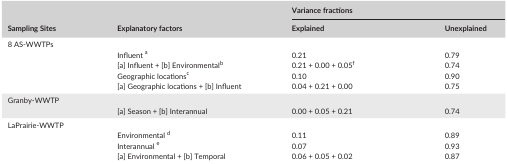
<table><thead><tr><td rowspan="2"><b>Sampling Sites</b></td><td rowspan="2"><b>Explanatory factors</b></td><td colspan="2"><b>Variance fractions</b></td></tr><tr><td><b>Explained</b></td><td><b>Unexplained</b></td></tr></thead><tbody><tr><td colspan="4">8 AS‐WWTPs</td></tr><tr><td></td><td>Influent a</td><td>0.21</td><td>0.79</td></tr><tr><td></td><td>[a] Influent + [b] Environmentalb</td><td>0.21 + 0.00 + 0.05f</td><td>0.74</td></tr><tr><td></td><td>Geographic locationsc</td><td>0.10</td><td>0.90</td></tr><tr><td></td><td>[a] Geographic locations + [b] Influent</td><td>0.04 + 0.21 + 0.00</td><td>0.75</td></tr><tr><td colspan="4">Granby‐WWTP</td></tr><tr><td></td><td>[a] Season + [b] Interannual</td><td>0.00 + 0.05 + 0.21</td><td>0.74</td></tr><tr><td colspan="4">LaPrairie‐WWTP</td></tr><tr><td></td><td>Environmental d</td><td>0.11</td><td>0.89</td></tr><tr><td></td><td>Interannual e</td><td>0.07</td><td>0.93</td></tr><tr><td></td><td>[a] Environmental + [b] Temporal</td><td>0.06 + 0.05 + 0.02</td><td>0.87</td></tr></tbody></table>